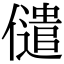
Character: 儙